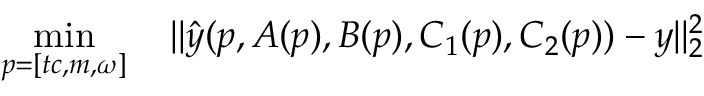
\operatorname* { m i n } _ { p = [ t c , m , \omega ] } \quad | | \hat { y } ( p , A ( p ) , B ( p ) , C _ { 1 } ( p ) , C _ { 2 } ( p ) ) - y | | _ { 2 } ^ { 2 }